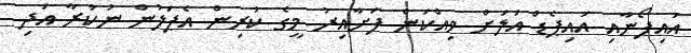
އައިފޯނާއި އައިޕެޑް އަލަށް ވިއްކަން ފަށާއިރު މީގެ ކުރިން އެޕަލުން ނުކުރާ އަދި